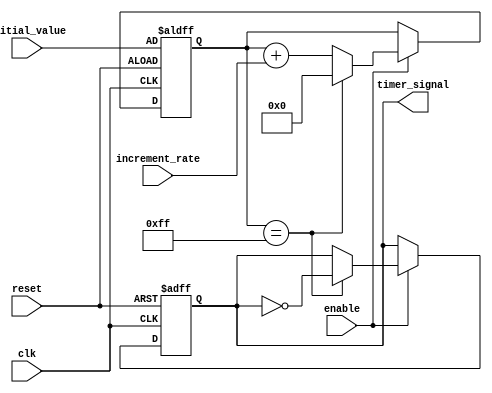
module TimerControlBlock (
    input wire clk,
    input wire reset,
    input wire enable,
    input wire [7:0] initial_value,
    input wire [7:0] increment_rate,
    output reg timer_signal
);

reg [7:0] counter;

always @(posedge clk or posedge reset) begin
    if (reset) begin
        counter <= initial_value;
        timer_signal <= 1'b0;
    end else if (enable) begin
        if (counter == 8'hFF) begin
            counter <= 8'h00;
            timer_signal <= ~timer_signal;
        end else begin
            counter <= counter + increment_rate;
        end
    end
end

endmodule